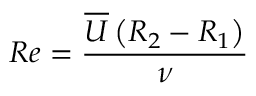
R e = \frac { \overline { { U } } \left( R _ { 2 } - R _ { 1 } \right) } { \nu }